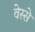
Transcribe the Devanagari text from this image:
वेस्से